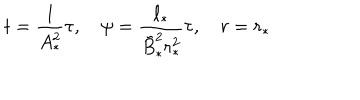
LaTeX: t = { \frac { 1 } { A _ { * } ^ { 2 } } } \tau , \quad \psi = { \frac { \ell _ { * } } { \tilde { B } _ { * } ^ { 2 } r _ { * } ^ { 2 } } } \tau , \quad r = r _ { * }